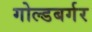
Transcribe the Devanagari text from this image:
गोल्डबर्गर